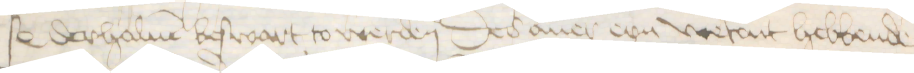
s0 derhaluen beswart to werden Des auer eyn wetent hebbende